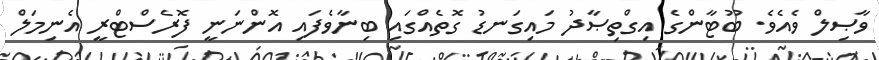
ވާޞިލް ވެއެވެ. ބޫޓާންގެ އިގްތިޞާދު މައިގަނޑު ގޮތެއްގައި ބިނާވެފައި އޮންނަނީ ފޮރެސްޓްރީ އެނިމަލް